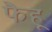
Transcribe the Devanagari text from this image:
फैहू